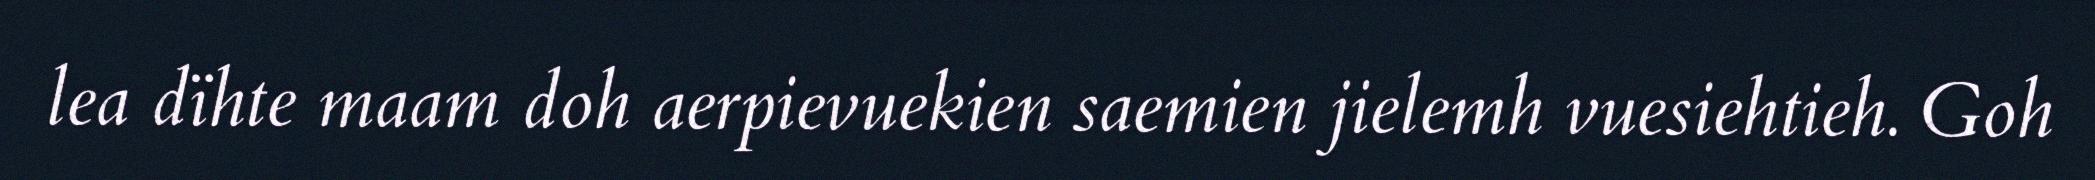
lea dïhte maam doh aerpievuekien saemien jielemh vuesiehtieh. Goh